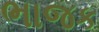
ભાજક